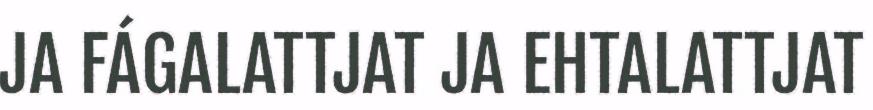
JA FÁGALATTJAT JA EHTALATTJAT